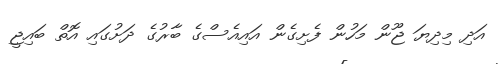
އަދި މިދިޔަ ޖޫން މަހުން ފެށިގެން އައިއެސްގެ ބާރުގެ ދަށުގައި އޮތް ބައިޖީ